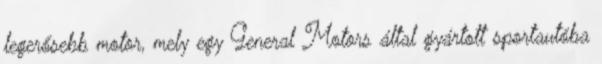
legerősebb motor, mely egy General Motors által gyártott sportautóba